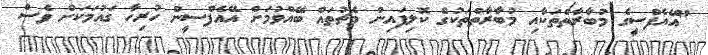
"އޭއެފްސީގެ މުބާރާތްތަކާއި މުބާރާތްތަކުގެ ކޮލިފައިން މެޗުތައް ބޭއްވުމަށް އޭއެފްސީން ހުރިހާ ގައުމަކަށް ވެސް